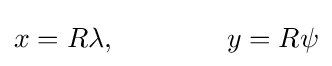
x=R\lambda ,\qquad \qquad y=R\psi